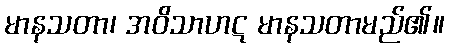
မာနသတာ၊ အဝိသာဟဋ မာနသတာမည်၏။